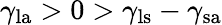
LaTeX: \gamma_{\mathrm{la}}>0>\gamma_{\mathrm{ls}}-\gamma_{\mathrm{sa}}